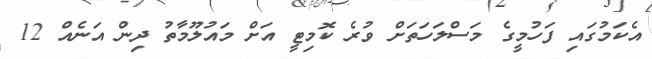
އެކަމުގައި ފަހުމީގެ މަސްލަހަތަށް ވުރެ ކޮމިޓީ އަށް މައުލޫމާތު ދިން އަނެއް 12